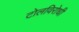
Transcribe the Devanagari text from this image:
टोलविरोधी